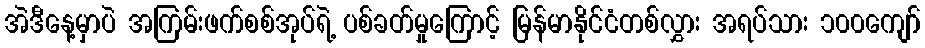
အဲဒီနေ့မှာပဲ အကြမ်းဖက်စစ်အုပ်ရဲ့ ပစ်ခတ်မှုကြောင့် မြန်မာနိုင်ငံတစ်လွှား အရပ်သား ၁၀၀ကျော်